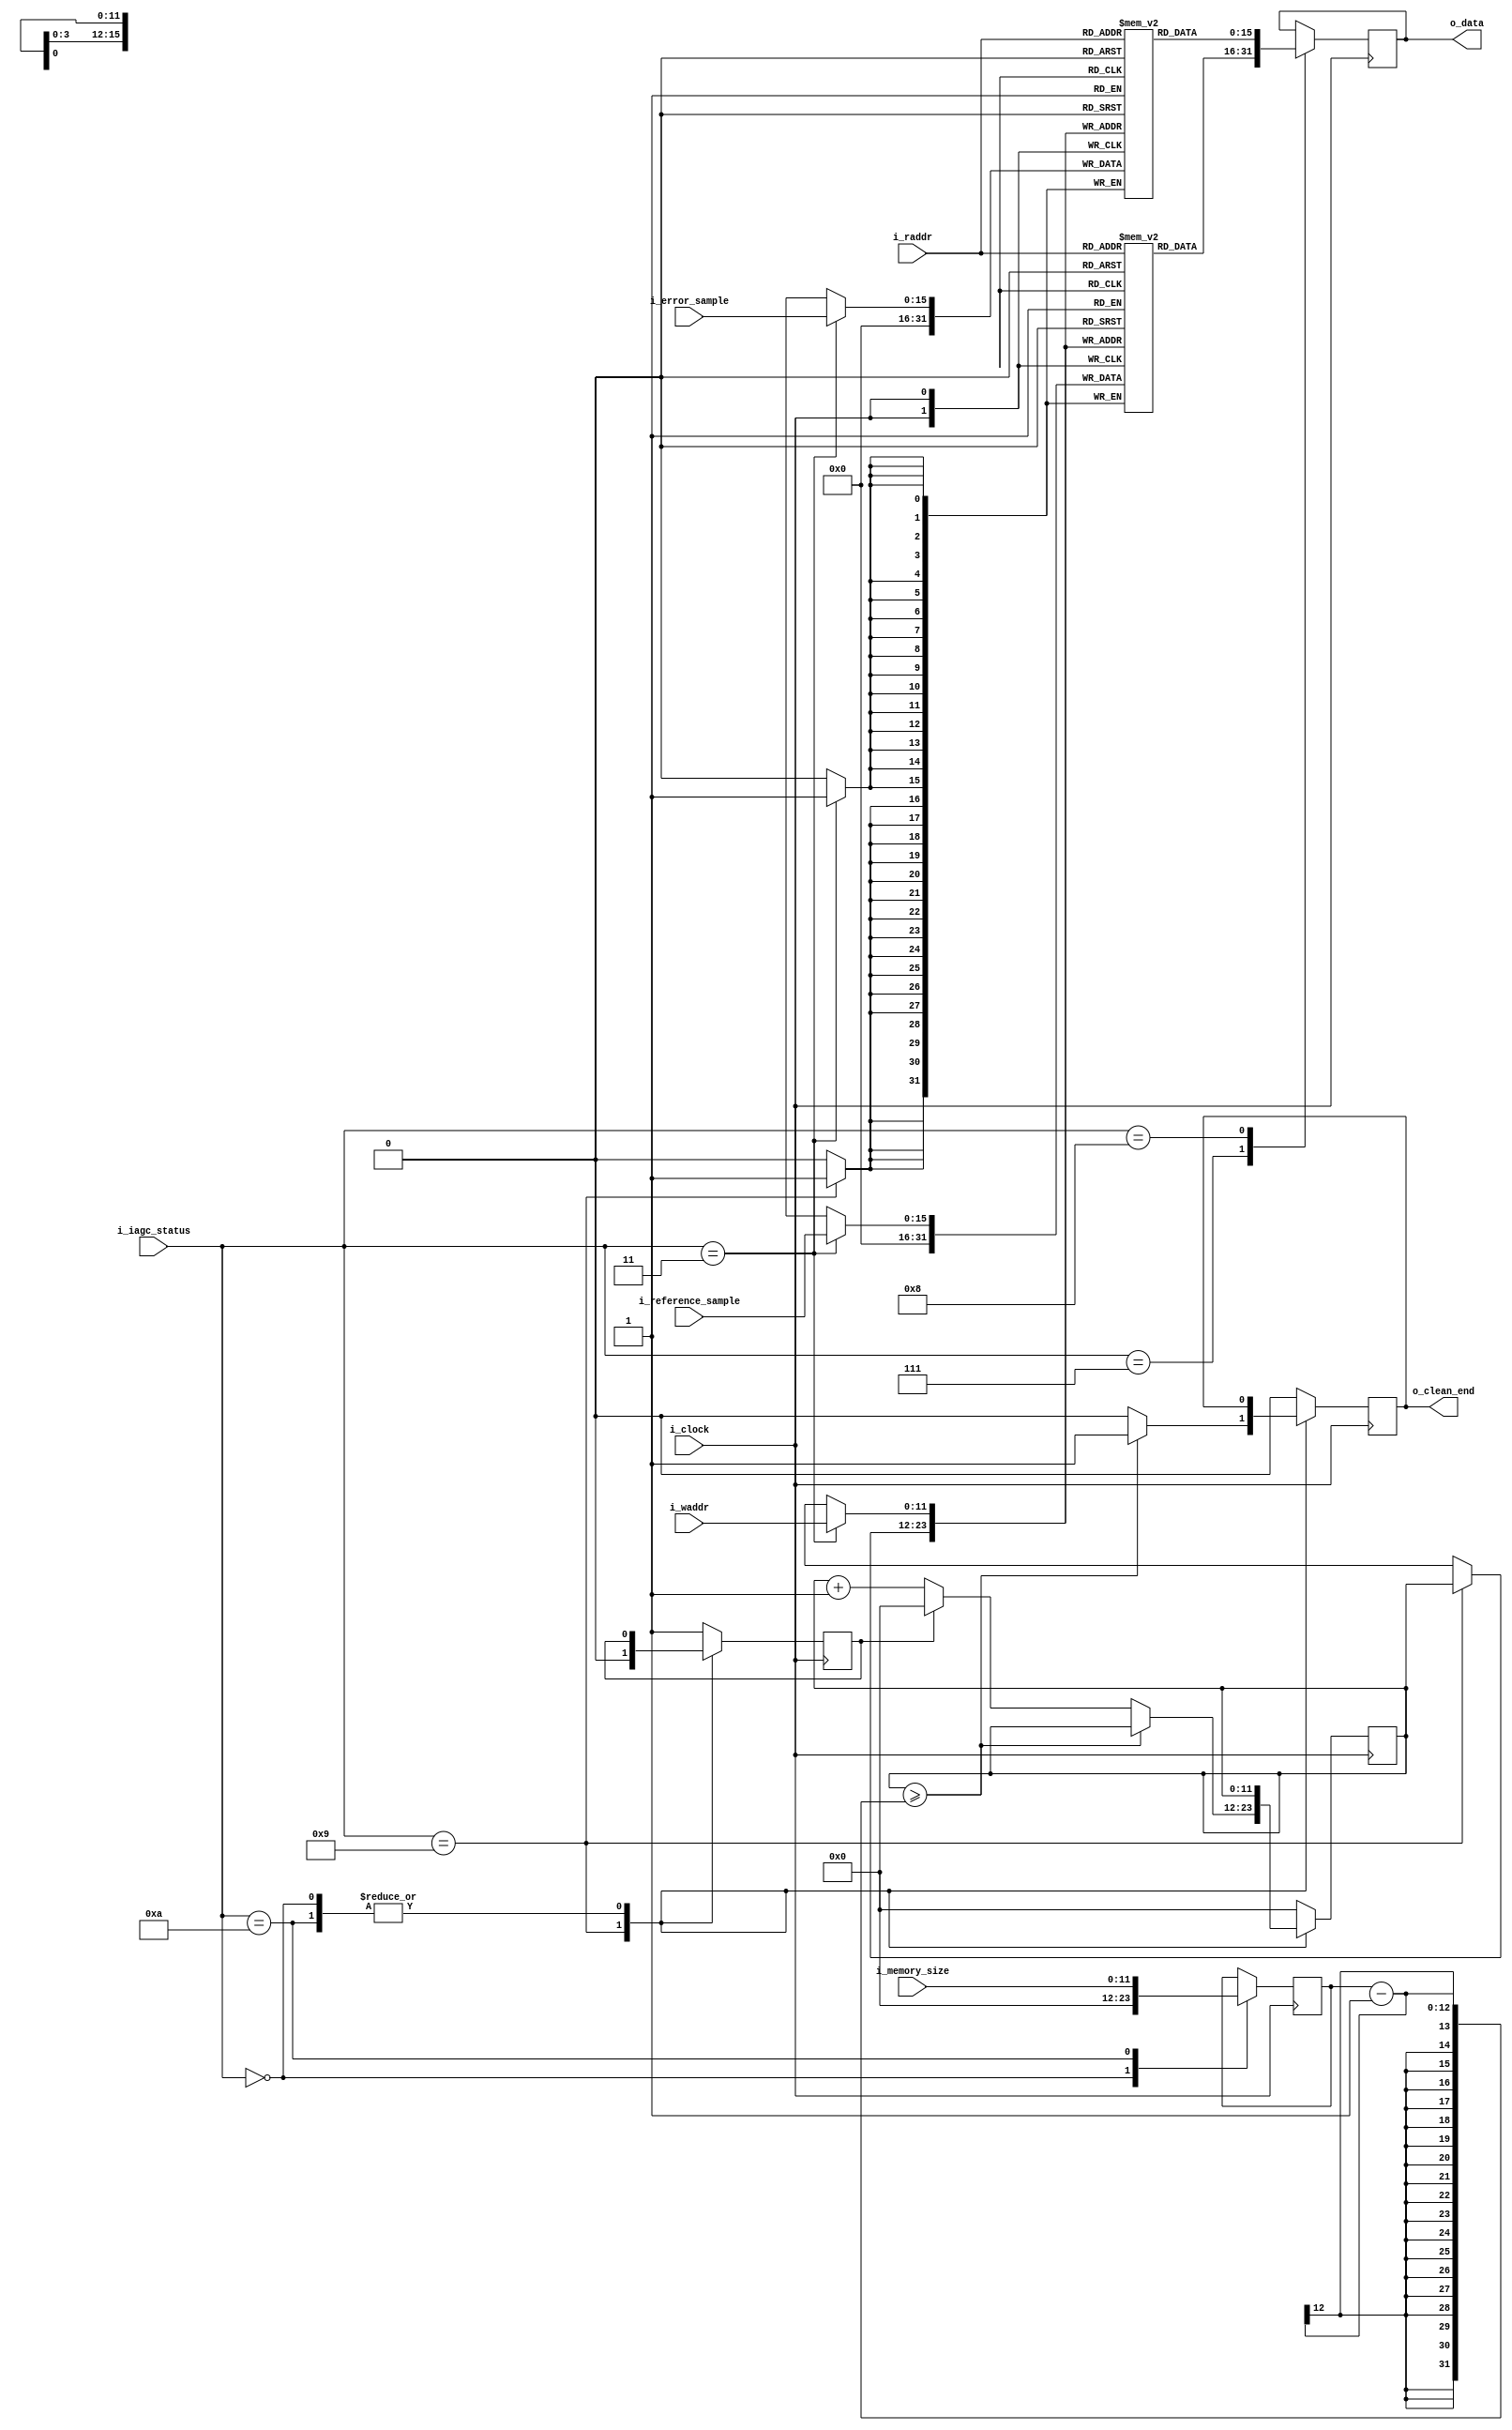
`timescale 1ns / 1ps `default_nettype none

module memory #(
    parameter DATA_SIZE        = 16,
    parameter ADDR_SIZE        = 12,
    parameter DEF_MEMORY_SIZE  = 4096,
    parameter IAGC_STATUS_SIZE = 4,
    parameter CMD_PARAM_SIZE   = 4
) (
    input  wire                            i_clock,
    input  wire [IAGC_STATUS_SIZE - 1 : 0] i_iagc_status,
    input  wire [ADDR_SIZE        - 1 : 0] i_raddr,
    input  wire [ADDR_SIZE        - 1 : 0] i_waddr,
    input  wire [DATA_SIZE        - 1 : 0] i_reference_sample,
    input  wire [DATA_SIZE        - 1 : 0] i_error_sample,
    input  wire [ADDR_SIZE        - 1 : 0] i_memory_size,
    output wire                            o_clean_end,
    output wire [DATA_SIZE        - 1 : 0] o_data
);

  localparam IAGC_STATUS_RESET = 4'b0000;
  localparam IAGC_STATUS_INIT = 4'b0001;
  localparam IAGC_STATUS_IDLE = 4'b0010;
  localparam IAGC_STATUS_SAMPLE = 4'b0011;
  localparam IAGC_STATUS_CMD_PARSE = 4'b0100;
  localparam IAGC_STATUS_CMD_READ = 4'b0101;
  localparam IAGC_STATUS_CMD_ERROR = 4'b0110;
  localparam IAGC_STATUS_DUMP_REF = 4'b0111;
  localparam IAGC_STATUS_DUMP_ERR = 4'b1000;
  localparam IAGC_STATUS_CLEAN_MEM = 4'b1001;
  localparam IAGC_STATUS_SET_MEM = 4'b1010;
  localparam IAGC_STATUS_SET_DEC = 4'b1011;
  localparam IAGC_STATUS_HALT = 4'b1100;

  reg [DATA_SIZE - 1 : 0] ref_samples [DEF_MEMORY_SIZE - 1 : 0];
  reg [DATA_SIZE - 1 : 0] err_samples [DEF_MEMORY_SIZE - 1 : 0];
  reg [DATA_SIZE - 1 : 0] data;

  reg                     clean_end;
  reg                     clean_first;
  reg [ADDR_SIZE - 1 : 0] clean_addr;
  reg [ADDR_SIZE - 1 : 0] max_addr;

  always @(posedge i_clock) begin

    case (i_iagc_status)

      IAGC_STATUS_RESET: begin
        max_addr <= DEF_MEMORY_SIZE;
      end

      IAGC_STATUS_SAMPLE: begin
        ref_samples[i_waddr] <= i_reference_sample;
        err_samples[i_waddr] <= i_error_sample;
        clean_end            <= 1'b0;
        clean_addr           <= {ADDR_SIZE{1'b0}};
        clean_first          <= 1'b1;
        max_addr             <= max_addr;
      end

      IAGC_STATUS_DUMP_REF: begin
        data        <= ref_samples[i_raddr];
        clean_end   <= 1'b0;
        clean_addr  <= {ADDR_SIZE{1'b0}};
        clean_first <= 1'b1;
        max_addr    <= max_addr;
      end

      IAGC_STATUS_DUMP_ERR: begin
        data        <= err_samples[i_raddr];
        clean_end   <= 1'b0;
        clean_addr  <= {ADDR_SIZE{1'b0}};
        clean_first <= 1'b1;
        max_addr    <= max_addr;
      end

      IAGC_STATUS_CLEAN_MEM: begin
        if (clean_addr >= max_addr - 1) begin
          clean_end  <= 1'b1;
          clean_addr <= clean_addr;
        end else begin
          clean_end  <= 1'b0;
          clean_addr <= clean_first ? {ADDR_SIZE{1'b0}} : clean_addr + 1'b1;
        end

        ref_samples[clean_addr] <= {DATA_SIZE{1'b0}};
        err_samples[clean_addr] <= {DATA_SIZE{1'b0}};
        clean_first             <= 1'b0;
        max_addr                <= max_addr;
      end

      IAGC_STATUS_SET_MEM: begin
        max_addr <= i_memory_size;
      end

      default: begin
        clean_end   <= 1'b0;
        clean_addr  <= { ADDR_SIZE { 1'b0 } };
        clean_first <= 1'b1;
        max_addr    <= max_addr;
      end
    endcase
  end

  assign o_data      = data;
  assign o_clean_end = clean_end;

endmodule

`default_nettype wire